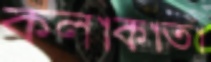
কলাকাতা